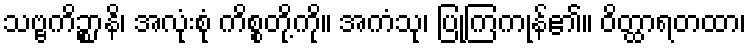
သဗ္ဗကိဉ္စာနိ၊ အလုံးစုံ ကိစ္စတို့ကို။ အကံသု၊ ပြုကြကုန်၏။ ဝိတ္ထာရတထာ၊